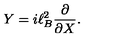
Y = i \ell _ { B } ^ { 2 } \frac { \partial } { \partial X } .